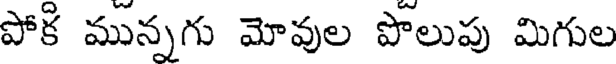
పోక మున్నగు మోవుల పొలుపు మిగుల